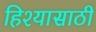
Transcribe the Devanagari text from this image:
हिश्यासाठी